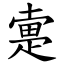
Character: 疐